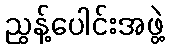
ညွန့်ပေါင်းအဖွဲ့